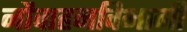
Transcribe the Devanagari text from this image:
नौवाहनविभागी